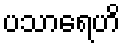
ပသာရေဟိ